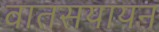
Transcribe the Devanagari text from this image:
वातसयायन